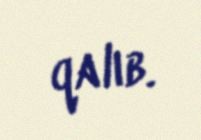
qalıb.